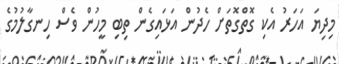
މިދިޔަ އަހަރު އެކި ގޮތްގޮތަށް ހެދުން އަޅައިގެން ތިބި މީހުން ވެސް ހިނގާލުމުގެ